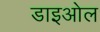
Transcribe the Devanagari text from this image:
डाइओल